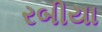
રબીયા